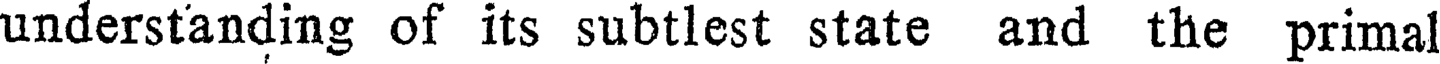
understanding of its subtlest state and the primal